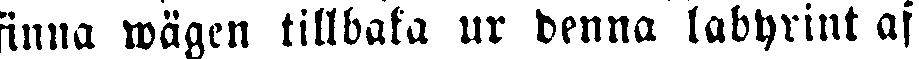
finna wägen tillbaka ur denna labyrint af